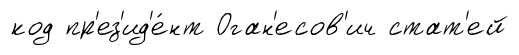
код пр'ез'ид'е́нт Оган'есов'ич стат'ей